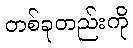
တစ်ခုတည်းကို